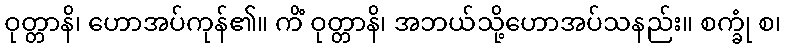
ဝုတ္တာနိ၊ ဟောအပ်ကုန်၏။ ကိံ ဝုတ္တာနိ၊ အဘယ်သို့ဟောအပ်သနည်း။ စက္ခုံ စ၊